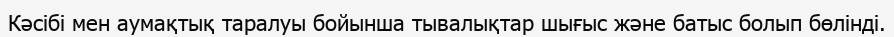
Кәсібі мен аумақтық таралуы бойынша тывалықтар шығыс және батыс болып бөлінді.